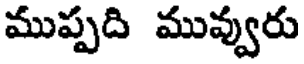
ముప్పది మువ్వురు